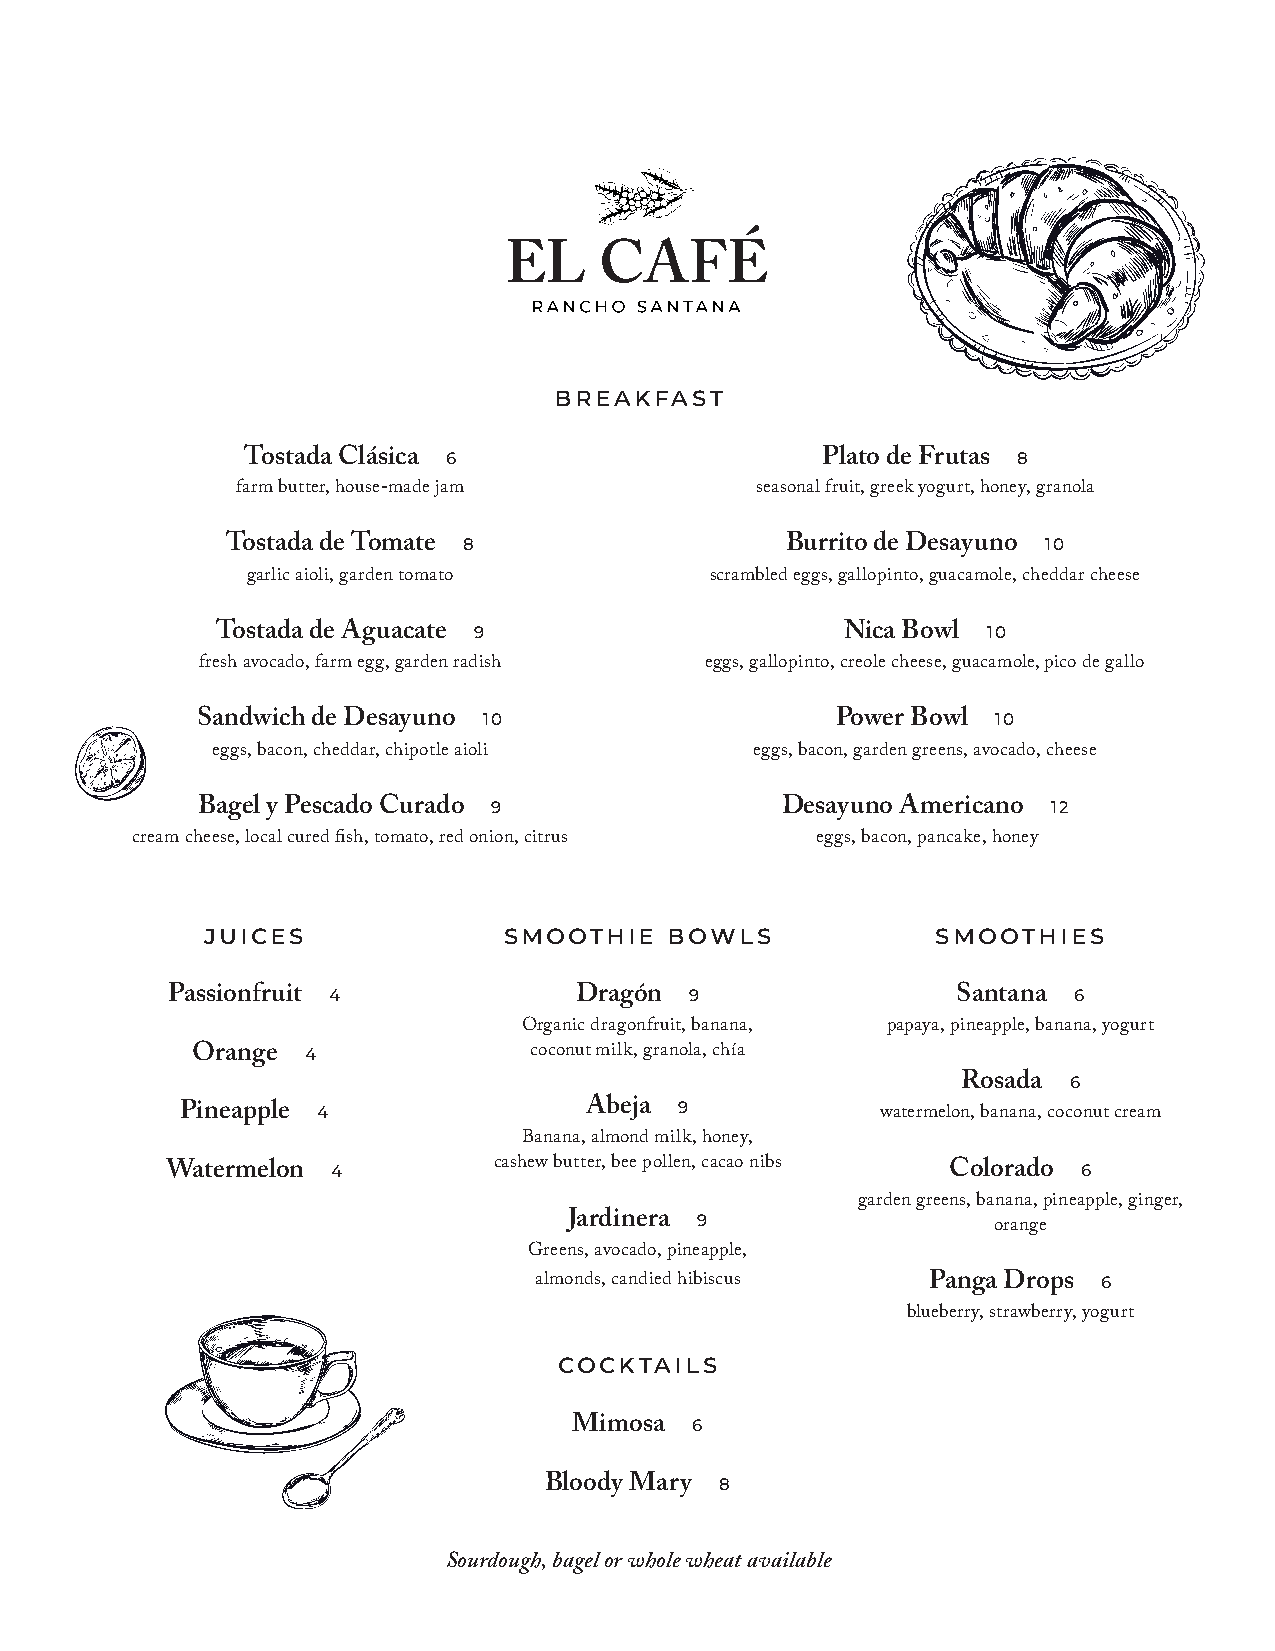
breakfast
 Tostada Clásica 6                     Plato de Frutas 8
 farm butter, house-made jam       seasonal fruit, greek yogurt, honey, granola
 Tostada de Tomate 8                  Burrito de Desayuno 10
 garlic aioli, garden tomato    scrambled eggs, gallopinto, guacamole, cheddar cheese
 Tostada de Aguacate 9                     Nica Bowl 10
 fresh avocado, farm egg, garden radish eggs, gallopinto, creole cheese, guacamole, pico de gallo
 Sandwich de Desayuno 10                   Power Bowl 10
 eggs, bacon, cheddar, chipotle aioli eggs, bacon, garden greens, avocado, cheese
 Bagel y Pescado Curado 9               Desayuno Americano 12
 cream cheese, local cured fish, tomato, red onion, citrus eggs, bacon, pancake, honey
 juices             smoothie   bowls             smoothies
 Passionfruit 4             Dragón  9                Santana 6
 Organic dragonfruit, banana, papaya, pineapple, banana, yogurt
 Orange 4              coconut milk, granola, chía
 Rosada 6
 Pineapple 4                Abeja 9            watermelon, banana, coconut cream
 Banana, almond milk, honey,
 Watermelon 4          cashew butter, bee pollen, cacao nibs Colorado 6
 garden greens, banana, pineapple, ginger,
 Jardinera 9
 orange
 Greens, avocado, pineapple,
 almonds, candied hibiscus  Panga Drops 6
 blueberry, strawberry, yogurt
 cocktails
 Mimosa  6
 Bloody Mary 8
 Sourdough, bagel or whole wheat available